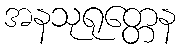
အနသုရုတ္တေန